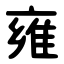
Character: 雍